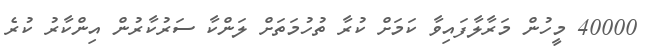
40000 މީހުން މަރާލާފައިވާ ކަމަށް ކުރާ ތުހުމަތަށް ލަންކާ ސަރުކާރުން އިންކާރު ކުރެ